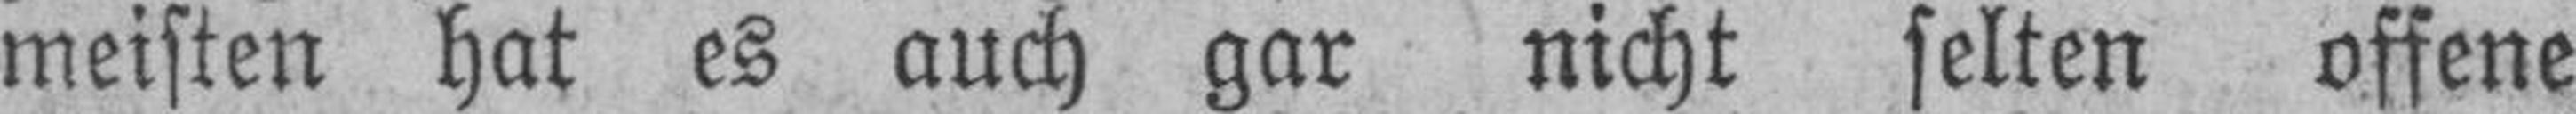
meisten hat es auch gar nicht selten offene